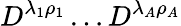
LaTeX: D^{\lambda_{1}\rho_{1}}\dots D^{\lambda_{A}\rho_{A}}